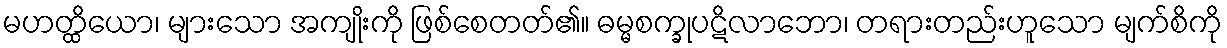
မဟတ္ထိယော၊ များသော အကျိုးကို ဖြစ်စေတတ်၏။ ဓမ္မစက္ခုပဋိလာဘော၊ တရားတည်းဟူသော မျက်စိကို